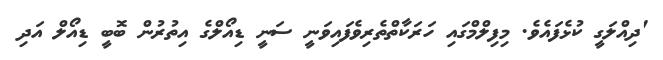
'ދިއްލަގީ ކުޅެފައެވެ. މިފިލްމްގައި ހަރަކާތްތެރިވެފައިވަނީ ސަނީ ޑިއޯލްގެ އިތުރުން ބޮބީ ޑިއޯލް އަދި